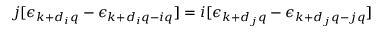
j [ \epsilon _ { \boldsymbol { k } + d _ { i } \boldsymbol { q } } - \epsilon _ { \boldsymbol { k } + d _ { i } \boldsymbol { q } - i \boldsymbol { q } } ] = i [ \epsilon _ { \boldsymbol { k } + d _ { j } \boldsymbol { q } } - \epsilon _ { \boldsymbol { k } + d _ { j } \boldsymbol { q } - j \boldsymbol { q } } ]